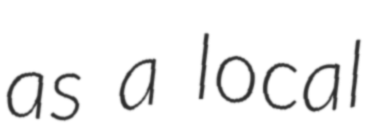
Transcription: as a local